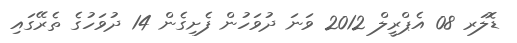
ޑޮލަރ 08 އެޕްރީލް 2012 ވަނަ ދުވަހުން ފެށިގެން 14 ދުވަހުގެ ތެރޭގައި